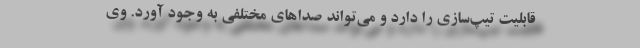
قابلیت تیپ‌سازی را دارد و می‌تواند صداهای مختلفی به وجود آورد. وی